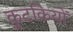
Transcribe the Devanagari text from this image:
कुटकियों